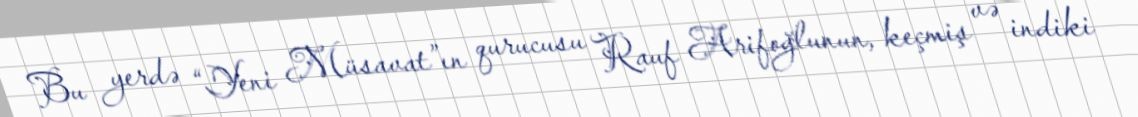
Bu yerdə “Yeni Müsavat”ın qurucusu Rauf Arifoğlunun, keçmiş və indiki